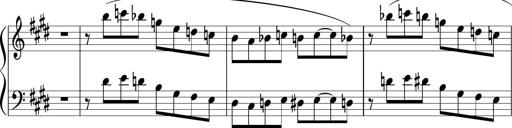
Title: Sonataette
Composer: Gergely Laszlo Matyas Jambor